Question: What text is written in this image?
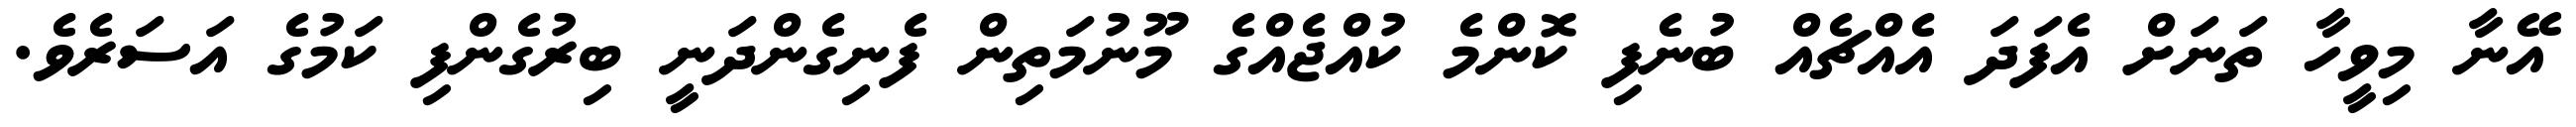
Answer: އޭނާ މިވީހާ ތަނަށް އެފަދަ އެއްޗެއް ބުނެފި ކޮންމެ ކުއްޖެއްގެ މޫނުމަތިން ފެނިގެންދަނީ ބިރުގެންފި ކަމުގެ އަސަރެވެ.